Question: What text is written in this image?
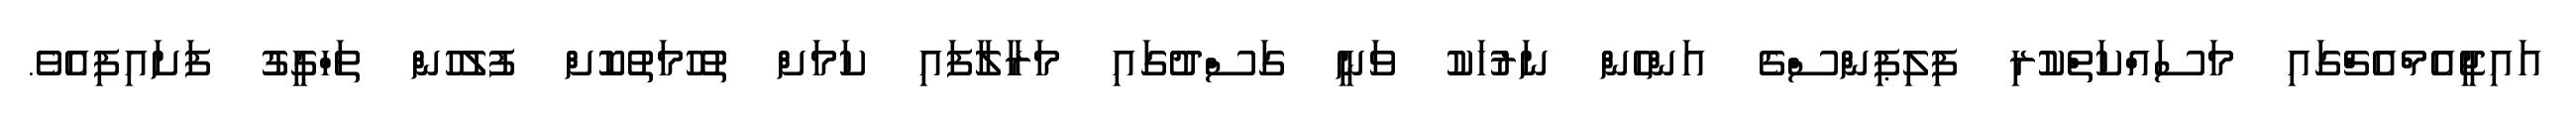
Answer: އައިޖީއެމްއެޗްގައި މަސައްކަތްކުރި ފިލިޕިންސްގެ އަންހެން ނަރުހަކު ވަނީ ގަސްދުގައި މަރާލާފައި ކަމަށް ތުހުމަތުކޮށް ފުލުހުން ތަހްގީގު ފަށައިފިއެވެ.